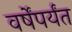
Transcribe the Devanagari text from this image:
वर्षेंपर्यंत